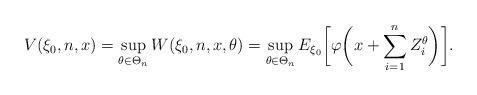
LaTeX: \begin{align*}V(\xi_0,n,x)=\sup_{\theta\in \Theta_n} W(\xi_0,n,x,\theta)=\sup_{\theta\in \Theta_n} E_{\xi_0}\biggl[\varphi\biggl(x+\sum_{i=1}^{n} Z_i^\theta\biggr)\biggr].\end{align*}